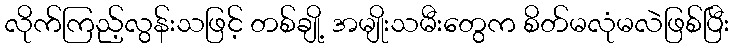
လိုက်ကြည့်လွန်းသဖြင့် တစ်ချို့ အမျိုးသမီးတွေက စိတ်မလုံမလဲဖြစ်ပြီး